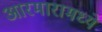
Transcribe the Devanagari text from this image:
आरमारामध्ये